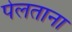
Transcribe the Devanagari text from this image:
पेलताना